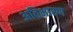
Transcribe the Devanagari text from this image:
अतिभारण